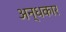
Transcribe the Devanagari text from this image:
अन्‍धकार